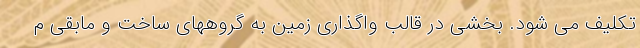
تکلیف می شود. بخشی در قالب واگذاری زمین به گروههای ساخت و مابقی م